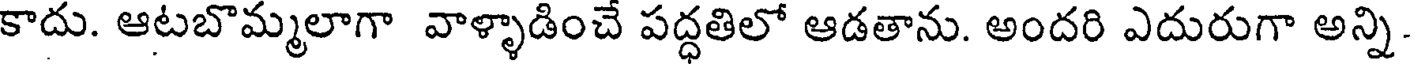
కాదు. ఆటబొమ్మలాగా వాళ్ళాడించే పద్ధతిలో ఆడతాను. అందరి ఎదురుగా అన్ని